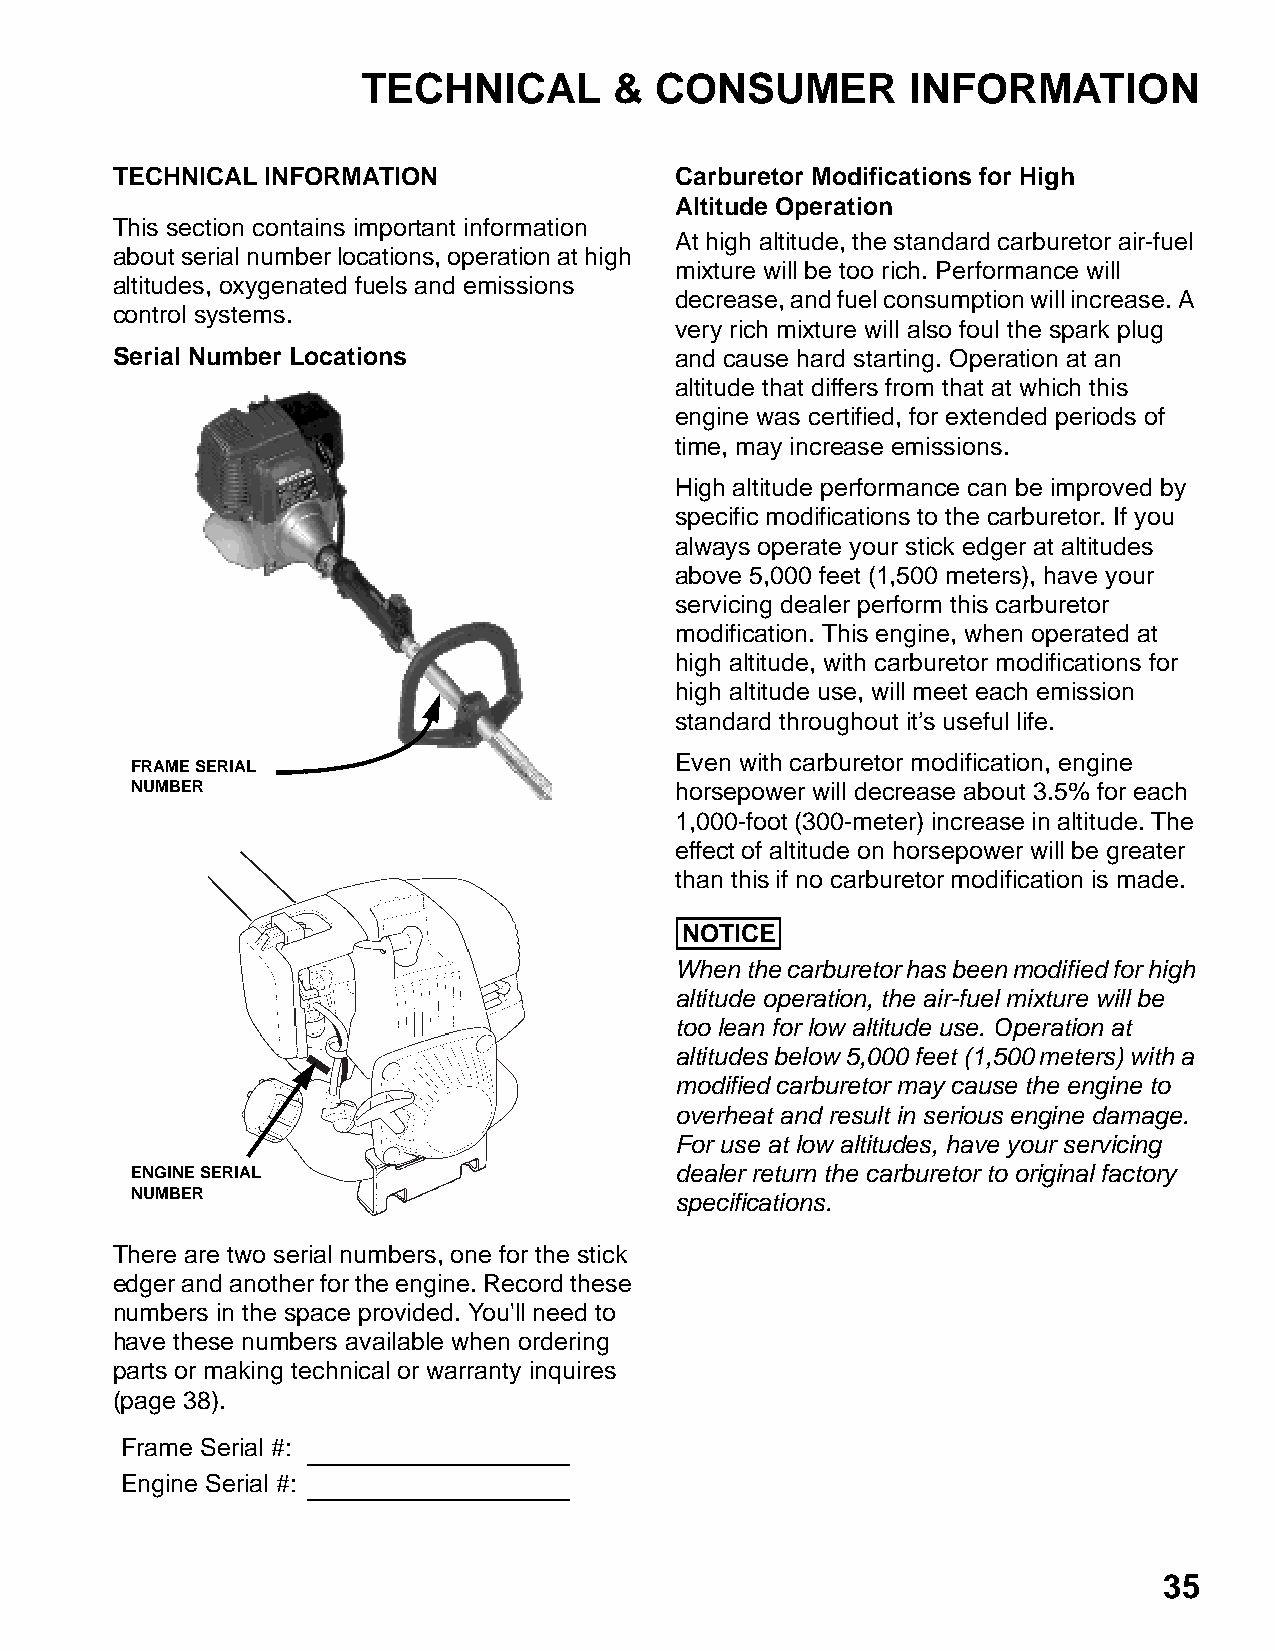
TECHNICAL        & CONSUMER         INFORMATION
 TECHNICAL INFORMATION                 Carburetor Modifications for High
 Altitude Operation
 This section contains important information
 At high altitude, the standard carburetor air-fuel
 about serial number locations, operation at high
 mixture will be too rich. Performance will
 altitudes, oxygenated fuels and emissions
 decrease, and fuel consumption will increase. A
 control systems.
 very rich mixture will also foul the spark plug
 Serial Number Locations               and cause hard starting. Operation at an
 altitude that differs from that at which this
 engine was certified, for extended periods of
 time, may increase emissions.
 High altitude performance can be improved by
 specific modifications to the carburetor. If you
 always operate your stick edger at altitudes
 above 5,000 feet (1,500 meters), have your
 servicing dealer perform this carburetor
 modification. This engine, when operated at
 high altitude, with carburetor modifications for
 high altitude use, will meet each emission
 standard throughout it’s useful life.
 Even with carburetor modification, engine
 FRAME SERIAL
 NUMBER                              horsepower will decrease about 3.5% for each
 1,000-foot (300-meter) increase in altitude. The
 effect of altitude on horsepower will be greater
 than this if no carburetor modification is made.
 NOTICE
 When the carburetor has been modified for high
 altitude operation, the air-fuel mixture will be
 too lean for low altitude use. Operation at
 altitudes below 5,000 feet (1,500 meters) with a
 modified carburetor may cause the engine to
 overheat and result in serious engine damage.
 For use at low altitudes, have your servicing
 ENGINE SERIAL                       dealer return the carburetor to original factory
 NUMBER                              specifications.
 There are two serial numbers, one for the stick
 edger and another for the engine. Record these
 numbers in the space provided. You'll need to
 have these numbers available when ordering
 parts or making technical or warranty inquires
 (page 38).
 Frame Serial #:
 Engine Serial #:
 35